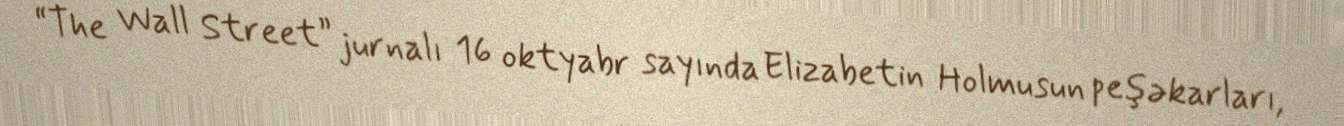
“The Wall Street” jurnalı 16 oktyabr sayında Elizabetin Holmusun peşəkarları,